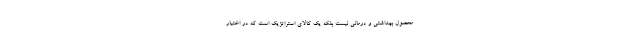
محصول بهداشتی و درمانی نیست بلکه یک کالای استراتژیک است که در اختیار